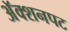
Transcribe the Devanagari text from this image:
अॅक्शनपट